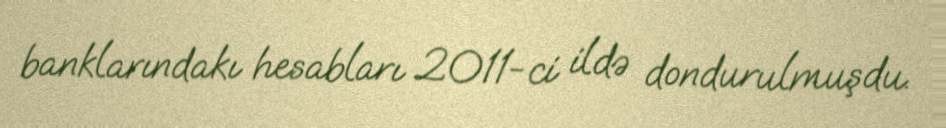
banklarındakı hesabları 2011-ci ildə dondurulmuşdu.